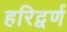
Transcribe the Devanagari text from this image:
हरिद्वर्ण